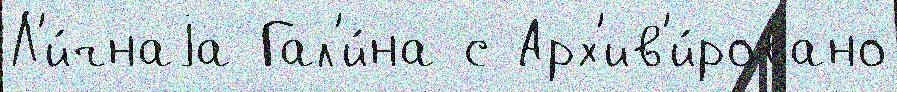
Л'и́чнаjа Гал'и́на с Арх'ив'и́ровано